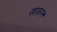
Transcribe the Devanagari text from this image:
ख़ाक़ान